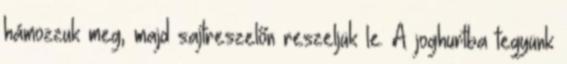
hámozzuk meg, majd sajtreszelőn reszeljük le. A joghurtba tegyünk